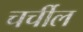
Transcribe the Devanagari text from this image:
चर्चील